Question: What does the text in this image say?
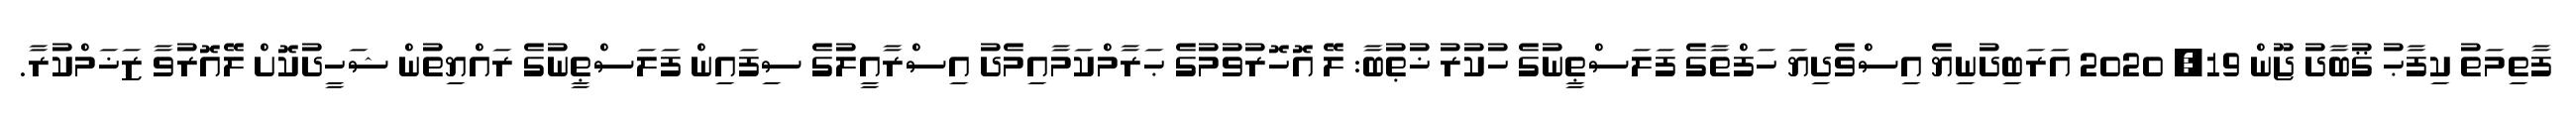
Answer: ފާތިމަތު ކިފާޙު ޤުބާދު ޖޫން 19, 2020 އަރަބިދުނިޔެ އިސްވެދިޔަ ހަފްތާގެ ފަލަސްޠީނުގެ ހުކުރު ޚުޠުބާ: ލޭ އޮހޮރުވުމުގެ ޙަރާމްކަމާއިމެދު އިސްރާއީލުގެ ސިފައިން ފަލަސްޠީނުގެ ރައްޔިތުން ޝަހީދުކޮށް ލޭއޮރުވާ ޒަޚަމްކުރާ.